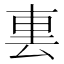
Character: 𨊪